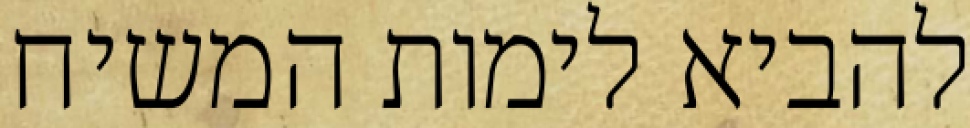
להביא לימות המשיח